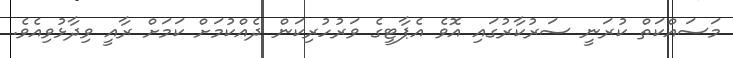
މަސައްކަތް ކުރަނީ ސަރުކާރުގައި އޮވެ އެޕާޓީގެ ވަރުހުރިކަން ދެއްކުމަށް ކަމަށް ރާއީ ވިދާޅުވިއެވެ.